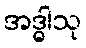
အဒ္ဓါသု